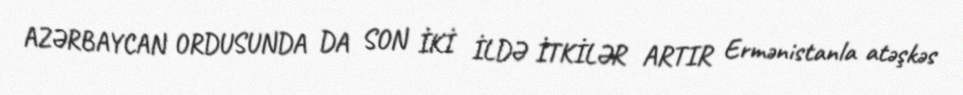
AZƏRBAYCAN ORDUSUNDA DA SON İKİ İLDƏ İTKİLƏR ARTIR Ermənistanla atəşkəs